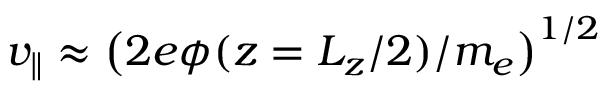
v _ { \parallel } \approx \left( 2 e \phi ( z = L _ { z } / 2 ) / m _ { e } \right) ^ { 1 / 2 }